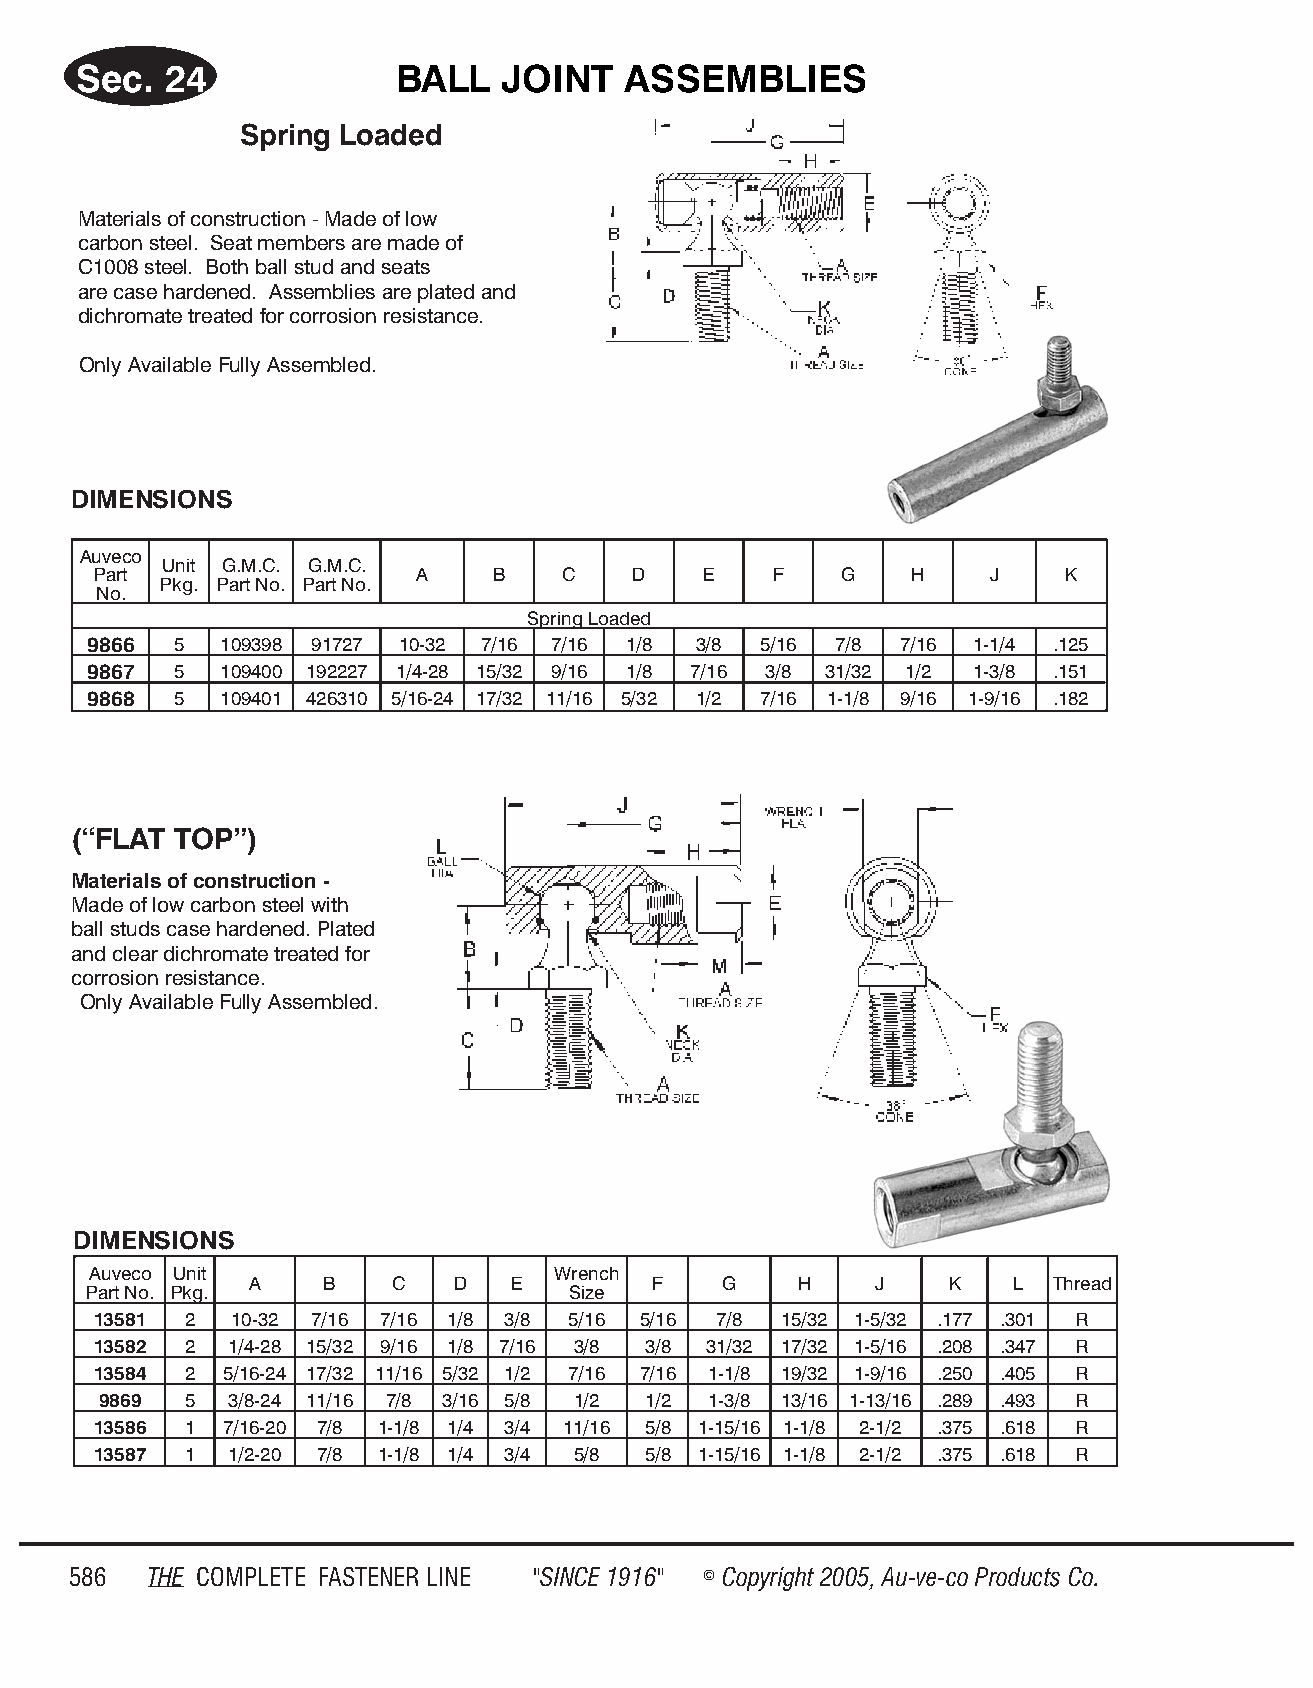
Sec.  24             BALL   JOINT    AS SEM  BLIES
 Spring Loaded
 Materials of construction - Made of low
 carbon steel. Seat members are made of
 C1008 steel. Both ball stud and seats
 are case hardened. Assemblies are plated and
 dichromate treated for corrosion resistance.
 Only Available Fully Assembled.
 DI MEN SIONS
 Auveco
 Unit G.M.C. G.M.C.
 Part                  A    B   C    D    E   F    G    H    J    K
 Pkg. Part No. Part No.
 No.
 Spring Loaded
 9866  5  109398 91727 10-32 7/16 7/16 1/8 3/8 5/16 7/8 7/16 1-1/4 .125
 9867  5  109400 192227 1/4-28 15/32 9/16 1/8 7/16 3/8 31/32 1/2 1-3/8 .151
 9868  5  109401 426310 5/16-24 17/32 11/16 5/32 1/2 7/16 1-1/8 9/16 1-9/16 .182
 (“FLAT TOP”)
 Materials of construction -
 Made of low carbon steel with
 ball studs case hardened. Plated
 and clear dichromate treated for
 corrosion resistance.
 Only Available Fully Assembled.
 DI MEN SIONS
 Auveco Unit                    Wrench
 A    B   C   D   E        F    G    H    J    K   L  Thread
 Part No. Pkg.                   Size
 13581 2   10-32 7/16 7/16 1/8 3/8 5/16 5/16 7/8 15/32 1-5/32 .177 .301 R
 13582 2  1/4-28 15/32 9/16 1/8 7/16 3/8 3/8 31/32 17/32 1-5/16 .208 .347 R
 13584 2  5/16-24 17/32 11/16 5/32 1/2 7/16 7/16 1-1/8 19/32 1-9/16 .250 .405 R
 9869 5  3/8-24 11/16 7/8 3/16 5/8 1/2 1/2 1-3/8 13/16 1-13/16 .289 .493 R
 13586 1  7/16-20 7/8 1-1/8 1/4 3/4 11/16 5/8 1-15/16 1-1/8 2-1/2 .375 .618 R
 13587 1  1/2-20 7/8 1-1/8 1/4 3/4 5/8 5/8 1-15/16 1-1/8 2-1/2 .375 .618 R
 586  THE COM PLETE FAST ENER LINE "SINCE 1916" © Copyr ight 2005, Au-ve-co Prod ucts Co.